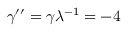
\gamma ^ { \prime \prime } = \gamma \lambda ^ { - 1 } = - 4